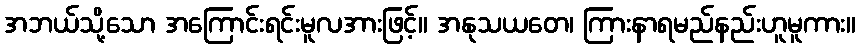
အဘယ်သို့သော အကြောင်းရင်းမူလအားဖြင့်။ အနုသယတေ၊ ကြားနာရမည်နည်းဟူမူကား။